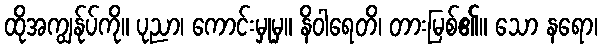
ထိုအကျွန်ုပ်ကို။ ပုညာ၊ ကောင်းမှုမှ။ နိဝါရေတိ၊ တားမြစ်၏။ သော နရော၊